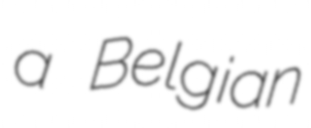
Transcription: a Belgian